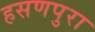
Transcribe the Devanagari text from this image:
हसणपुरा